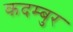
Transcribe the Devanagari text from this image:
कदम्बुर